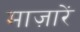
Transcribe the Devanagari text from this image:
माज़ारें